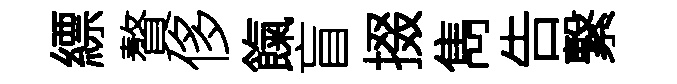
縹贅侈餼盲掇雋告繋